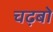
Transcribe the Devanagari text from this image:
चढ़बो